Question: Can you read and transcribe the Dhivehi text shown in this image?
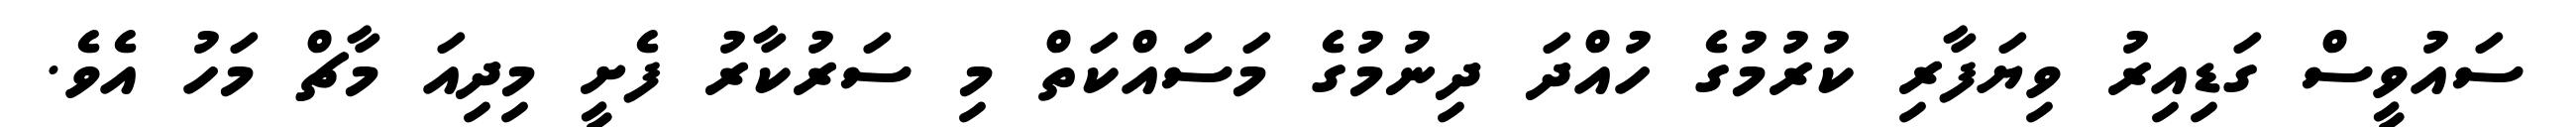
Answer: ސައުވީސް ގަޑިއިރު ވިޔަފާރި ކުރުމުގެ ހުއްދަ ދިނުމުގެ މަސައްކަތް މި ސަރުކާރު ފެށީ މިދިއަ މާޗް މަހު އެވެ.